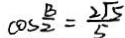
\cos \frac { B } { 2 } = \frac { 2 \sqrt { 5 } } { 5 }